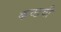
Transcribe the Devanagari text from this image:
कच्छची